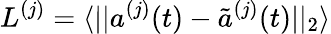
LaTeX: L^{(j)}=\langle||a^{(j)}(t)-\tilde{a}^{(j)}(t)||_{2}\rangle